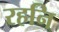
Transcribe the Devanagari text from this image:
रहनि